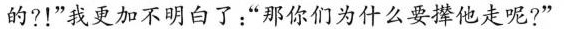
的?！”我更加不明白了：”那你们为什么要撵他走呢?””